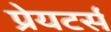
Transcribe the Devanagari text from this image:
प्रेयटर्स